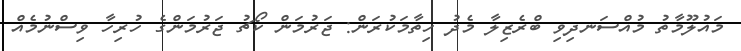
މައުލޫމާތު މުއްސަނދިވި ބްރެޒިލާ މެދު ހިތާމަކުރަން: ޖަރުމަން ކޯޗު ޖަރުމަންގެ ހުރިހާ ވިސްނުމެއް